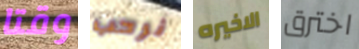
وقتا نرحب الاخيره اخترق